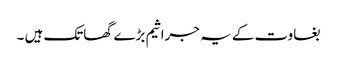
بغاوت کے یہ جراثیم بڑے گھاتک ہیں ۔